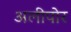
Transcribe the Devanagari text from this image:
अलीपोर